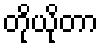
တိုယိုတာ